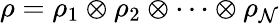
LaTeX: \rho=\rho_{1}\otimes\rho_{2}\otimes\cdots\otimes\rho_{\mathcal{N}}